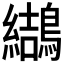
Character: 𪆋